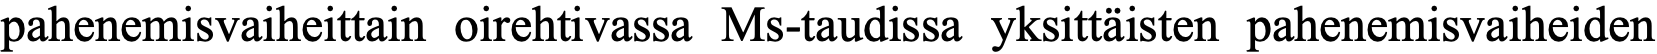
pahenemisvaiheittain oirehtivassa Ms-taudissa yksittäisten pahenemisvaiheiden